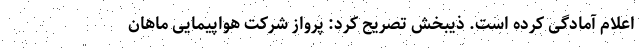
اعلام آمادگی کرده است. ذیبخش تصریح کرد: پرواز شرکت هواپیمایی ماهان